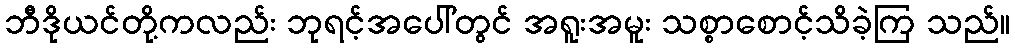
ဘီဒိုယင်တို့ကလည်း ဘုရင့်အပေါ်တွင် အရူးအမူး သစ္စာစောင့်သိခဲ့ကြ သည်။